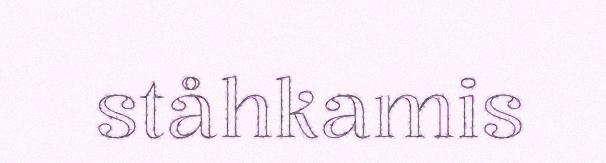
ståhkamis